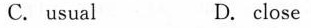
C. usual D. close